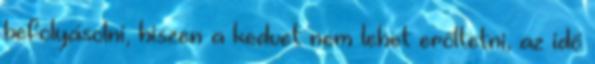
befolyásolni, hiszen a kedvet nem lehet erőltetni, az idő